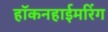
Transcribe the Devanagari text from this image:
हॉकनहाईमरिंग